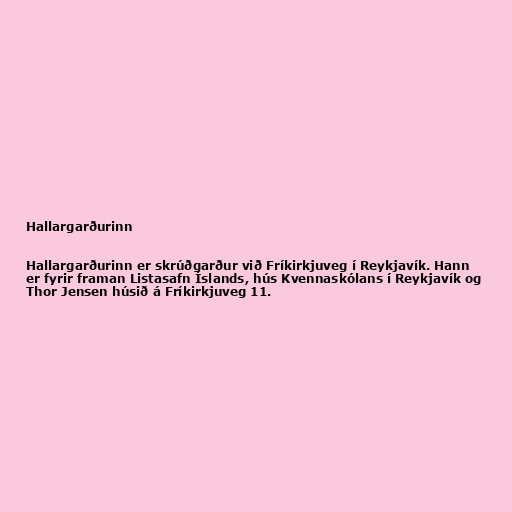
Hallargarðurinn

Hallargarðurinn er skrúðgarður við Fríkirkjuveg í Reykjavík. Hann
er fyrir framan Listasafn Íslands, hús Kvennaskólans í Reykjavík og
Thor Jensen húsið á Fríkirkjuveg 11.